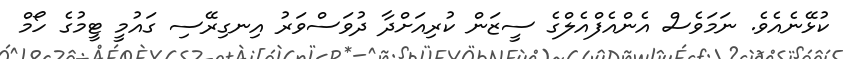
ކުޅޭނެއެވެ. ނަމަވެސް އެންއެފްއެލްގެ ސީޒަން ކުރިއަށްދާ ދުވަސްވަރު އިނގިރޭސި ގައުމީ ޓީމުގެ ހޯމް